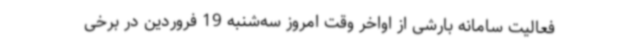
فعالیت سامانه بارشی از اواخر وقت امروز سه‌شنبه 19 فروردین در برخی